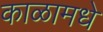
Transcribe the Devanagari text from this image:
काळामधे